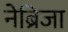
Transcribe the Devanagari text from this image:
नेब्रिजा